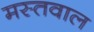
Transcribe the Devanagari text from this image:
मस्तवाल